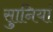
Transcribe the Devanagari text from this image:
सुानियां